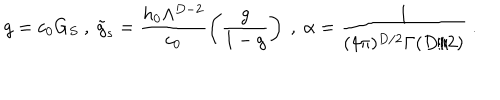
g = c _ { 0 } G _ { S } \ , \ \tilde { g } _ { s } = \frac { h _ { 0 } \Lambda ^ { D - 2 } } { c _ { 0 } } \left( \frac { g } { 1 - g } \right) \ , \ \alpha = \frac { 1 } { ( 4 \pi ) ^ { D / 2 } \Gamma ( D / 2 ) } \ .